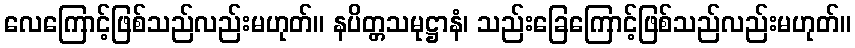
လေကြောင့်ဖြစ်သည်လည်းမဟုတ်။ နပိတ္တသမုဋ္ဌာနံ၊ သည်းခြေကြောင့်ဖြစ်သည်လည်းမဟုတ်။